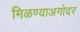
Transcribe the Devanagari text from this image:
मिळण्याअगोदर